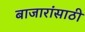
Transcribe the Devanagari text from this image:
बाजारांसाठी